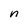
Character: n